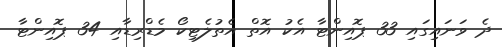
ދެ ވަނައިގައި 33 ޕޮއިންޓާ އެކު އޮތް އެތުލެޓިކޯ މެޑްރިޑާއި 34 ޕޮއިންޓާ